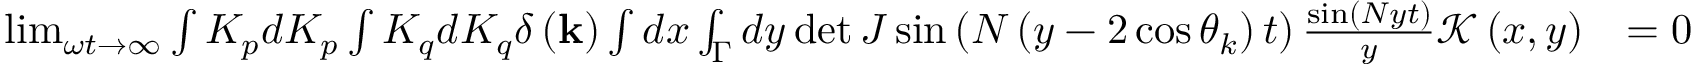
\begin{array} { r l } { \operatorname* { l i m } _ { \omega t \rightarrow \infty } \int K _ { p } d K _ { p } \int K _ { q } d K _ { q } \delta \left( \mathbf { k } \right) \int d x \int _ { \Gamma } d y \operatorname* { d e t } J \sin \left( N \left( y - 2 \cos \theta _ { k } \right) t \right) \frac { \sin \left( N y t \right) } { y } \mathcal { K } \left( x , y \right) } & { = 0 } \end{array}